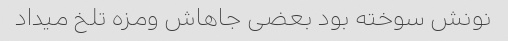
نونش سوخته بود بعضی جاهاش ومزه تلخ میداد